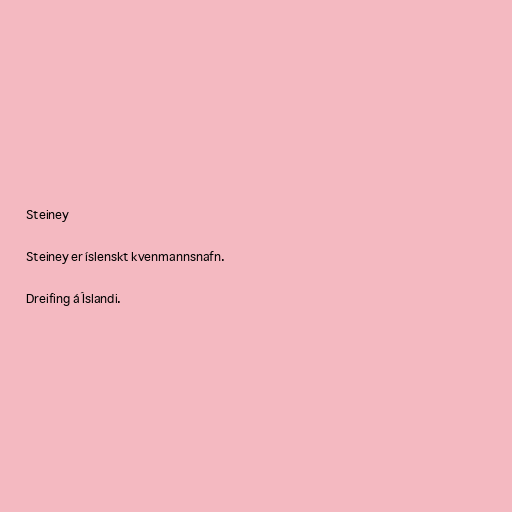
Steiney

Steiney er íslenskt kvenmannsnafn.

Dreifing á Íslandi.